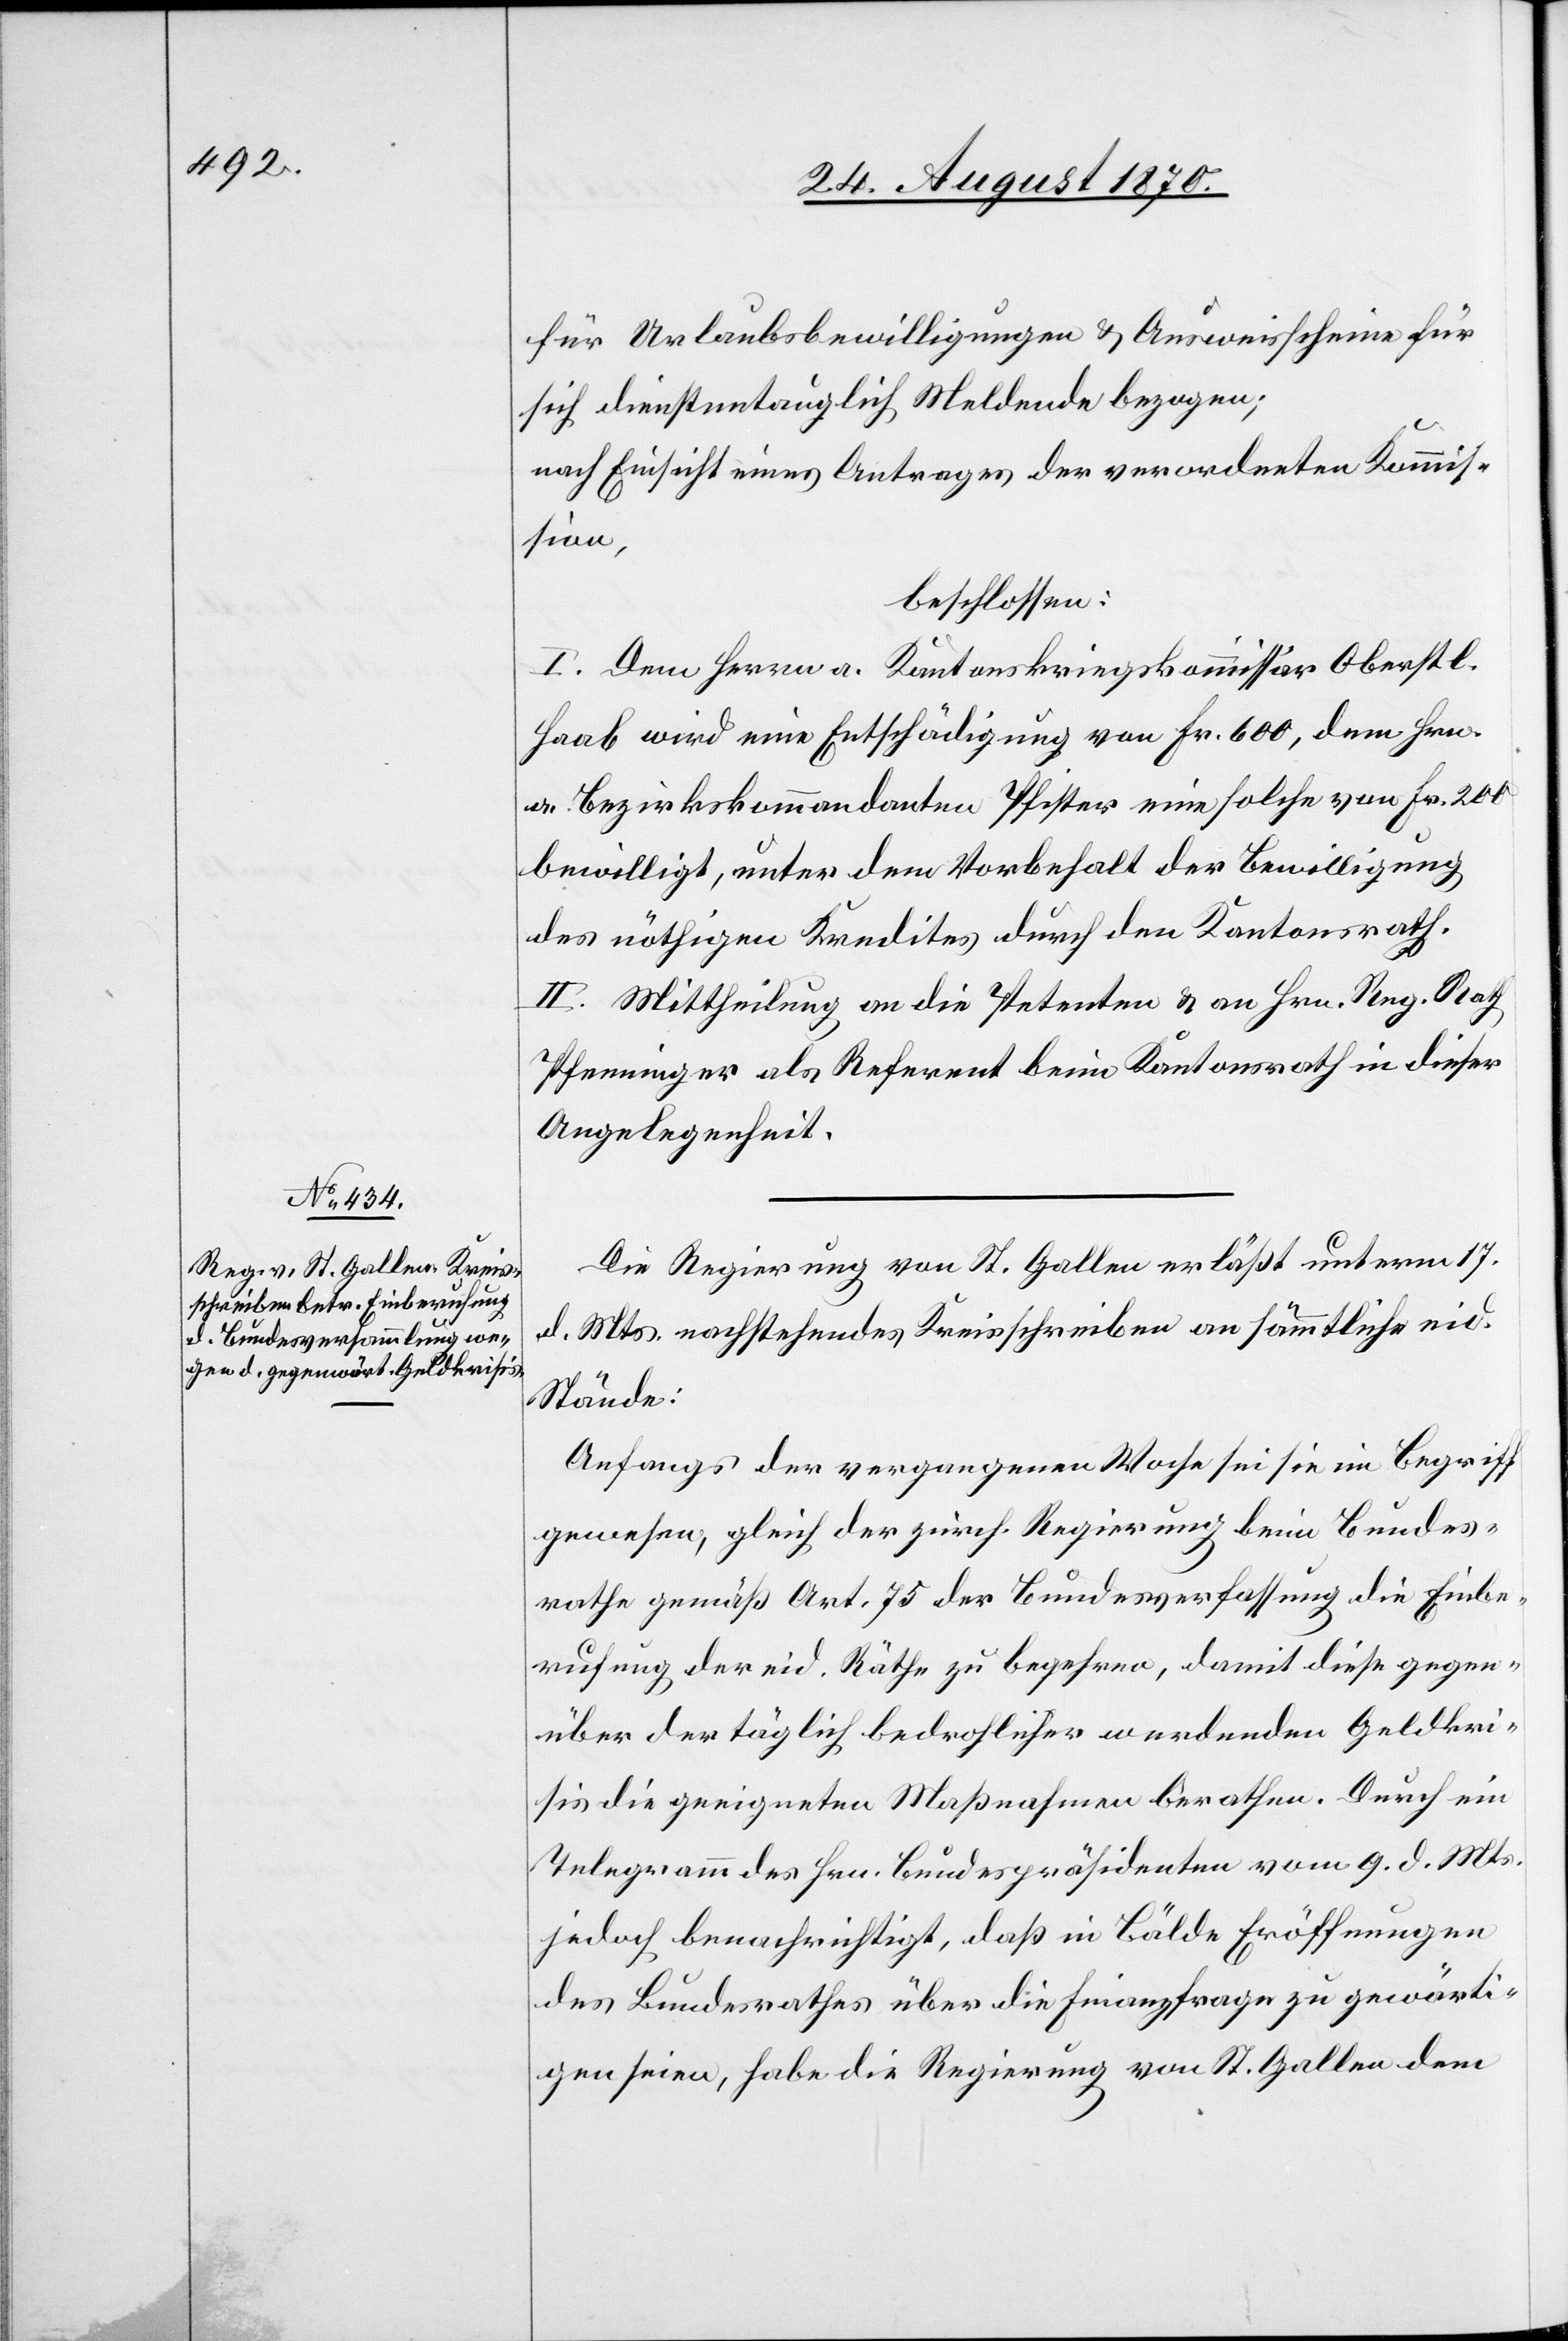
für Urlaubsbewilligungen & Ausweisscheine für
sich dienstuntauglich Meldende bezogen;
nach Einsicht eines Antrages der verordneten Kommis¬
sion,
beschlossen:
I. Dem Herrn a. Kantonskriegskommissär Oberstl.
Haab wird eine Entschädigung von Fr. 600, dem Hrn.
a. Bezirkskommandanten Pfister eine solche von Fr. 200
bewilligt, unter dem Vorbehalt der Bewilligung
des nöthigen Kredites durch den Kantonsrath.
II. Mittheilung an die Petenten & an Hrn. Reg. Rath
Pfenninger als Referent beim Kantonsrath in dieser
Angelegenheit.
Die Regierung von St. Gallen erläßt unterm 17.
d. Mts. nachstehendes Kreisschreiben an sämmtliche eid.
Stände:
Anfangs der vergangenen Woche sei sie im Begriff
gewesen, gleich der zürch. Regierung beim Bundes¬
rathe gemäß Art. 75 der Bundesverfassung die Einbe¬
rufung der eid. Räthe zu begehren, damit diese gegen¬
über der täglich bedrohlicher werdenden Geldkri¬
sis die geeigneten Maßnahmen berathen. Durch ein
Telegramm des Hrn. Bundespräsidenten vom 9. d. Mts.
jedoch benachrichtigt, daß in Bälde Eröffnungen
des Bundesrathes über die Finanzfrage zu gewärti¬
gen seien, habe die Regierung von St. Gallen dem